Tezpur Lunatic Asylum reports 1877-1894 - 1877-1894
Year: 1877
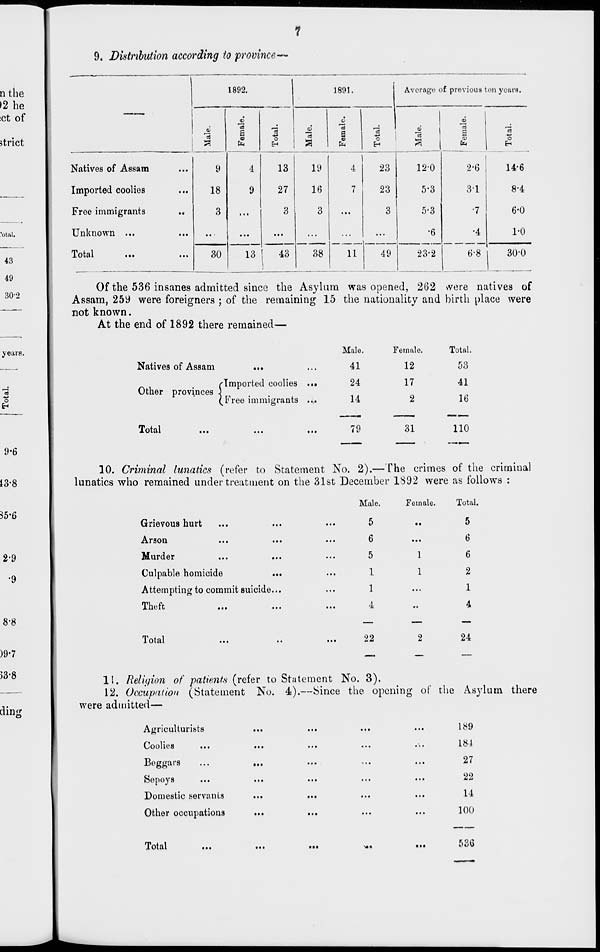
9. Distribution according to province-
1892.
1891.
Average of previous ten years.
■H
a
<0
fa
3
6
a 3
fa
o
fa
1i
O
EH
Natives of Assam
Imported coolies
Free immigrants
Unknown ...
9
18
3
4
9
13
13
27
3
19
16
3
4
7
23
23
3
12-0
5-3
5-3
•6
2-6
3-1
•7
•4
14-6
8-4
6-0
1-0
Total
30
1
43
38
11
49
■
23-2
6-8 j
30-0
Of the 536 insanes admitted since the Asylum was opened, 262 were natives of
Assam, 259 were foreigners ; of the remaining 15 the nationality and birth place were
not known.
At the end of 1892 there remained—
Natives of Assam
rin
Other provinces 1
Imported coolies .<
ee immigrants
Male.
Female.
Total
41
12
53
24
17
41
14
2
16
Total
79
31
110
10. Criminal lunatics (refer to Statement No. 2).— The crimes of the criminal
lunatics who remained under treatment on the 31st December 1892 were as follows :
Male.
Female.
Total.
Grievous hurt
..
5
i.
5
Arson
..
6
...
6
Murder
...
...
• •
5
1
6
Culpable homicide
...
■ •
1
1
2
Attempting to commit suicide...
...
1
...
1
Theft
,,
4
•«
4
Total
22
24
11. Religion of patients (refer to Statement No. 3).
12. Occupation (Statement No. 4).—Since the opening of the Asylum there
were admitted—
Agriculturists
Coolies
Beggars
Sepoys
Domestic servants
Other occupations
189
184
27
22
14
100
Total
•••
VI*
586